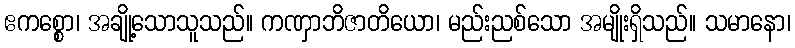
ဧကစ္စော၊ အချို့သောသူသည်။ ကဏှာဘိဇာတိယော၊ မည်းညစ်သော အမျိုးရှိသည်။ သမာနော၊